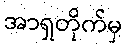
အာရှတိုက်မှ